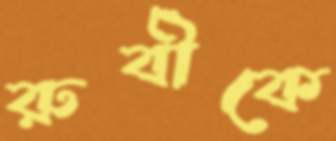
রুবীকে